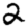
Digit: 2